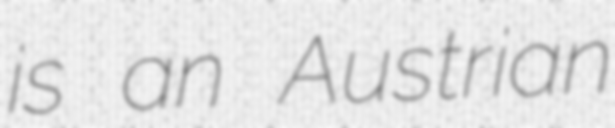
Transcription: is an Austrian